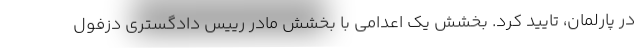
در پارلمان، تایید کرد. بخشش یک اعدامی با بخشش مادر رییس دادگستری دزفول